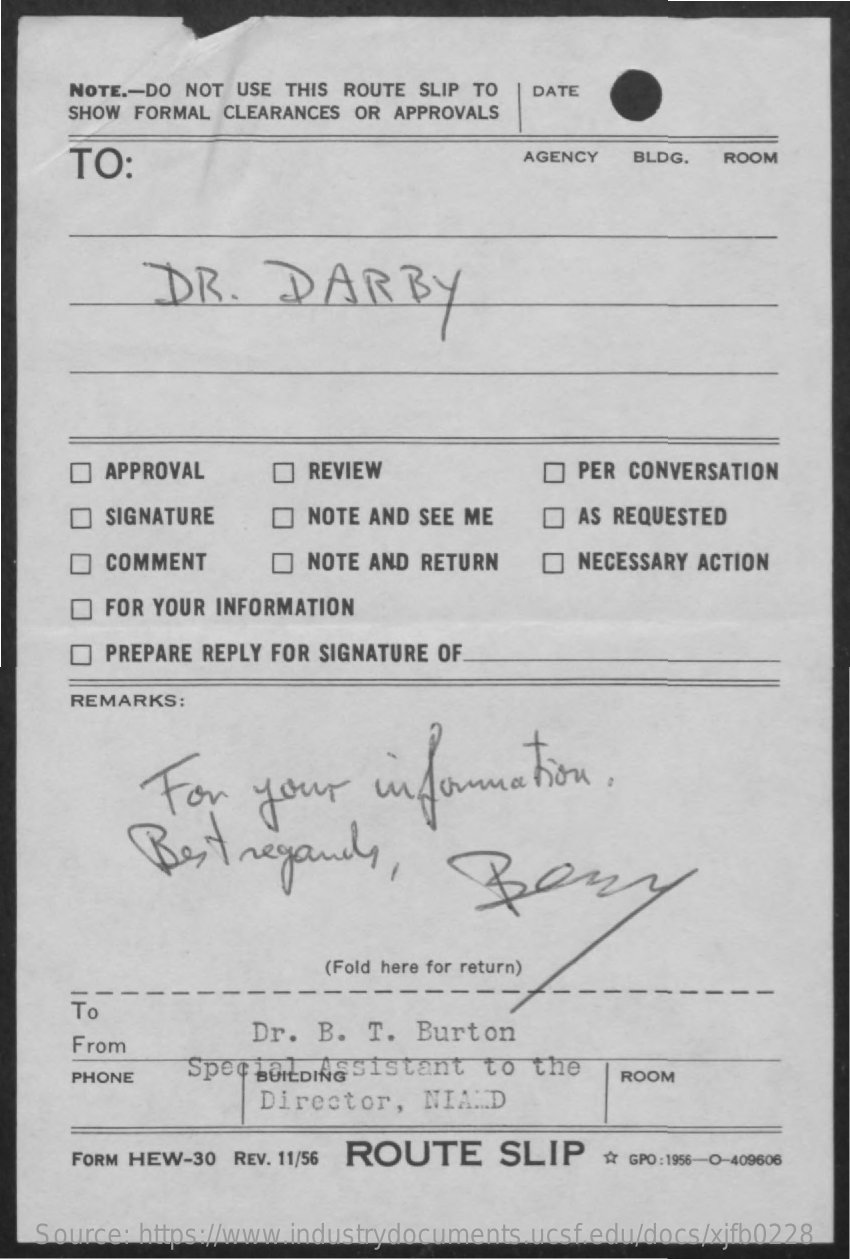
NOTE .- DO NOT USE THIS ROUTE SLIP TO DATE
     SHOW FORMAL CLEARANCES OR APPROVALS
     TO:    AGENCY  BLDG.  ROOM
     DR.    DARBY
     APPROVAL    REVIEW    PER CONVERSATION
     SIGNATURE    NOTE AND SEE ME    AS REQUESTED
     COMMENT    NOTE AND RETURN    NECESSARY ACTION
     FOR YOUR INFORMATION
     PREPARE REPLY FOR SIGNATURE OF
     REMARKS:
     For   your    information.
     Bestregandy,    Bery
     (Fold here for return)
     To
     From
     Dr.  B.  T. Burton
     PHONE
     Spec BUILDINGS Assistant to the
     ROOM
     Director,   NIAND
     FORM HEW-30 REV. 11/56 ROUTE    SLIP    İr GPO : 1956-0-409606
   Source: https://www.industrydocuments.ucsf.edu/docs/xjfb0228